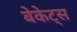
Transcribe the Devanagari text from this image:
बेकेट्स